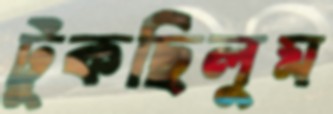
টুকছিলুম